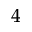
^ 4